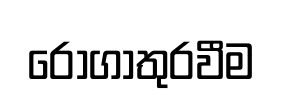
රෝගාතුරවීම